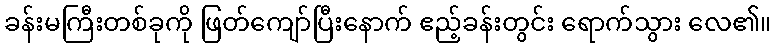
ခန်းမကြီးတစ်ခုကို ဖြတ်ကျော်ပြီးနောက် ဧည့်ခန်းတွင်း ရောက်သွား လေ၏။